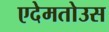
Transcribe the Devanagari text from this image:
एदेमतोउस